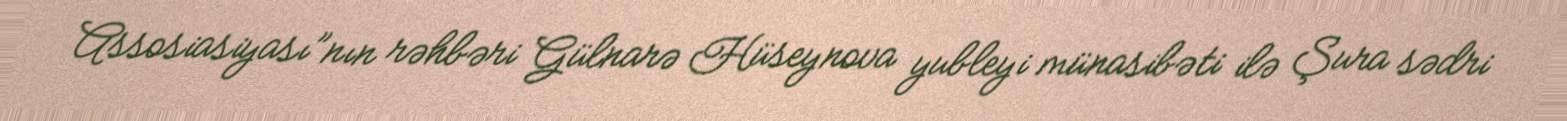
Assosiasiyası”nın rəhbəri Gülnarə Hüseynova yubleyi münasibəti ilə Şura sədri